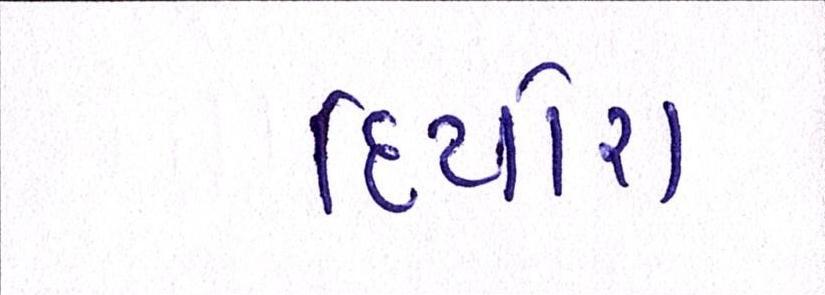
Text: દિયોરા